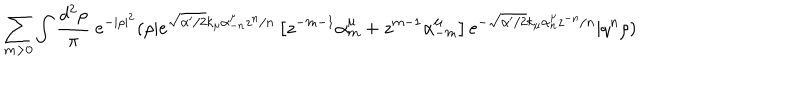
\sum _ { m > 0 } \int \frac { d ^ { 2 } \rho } { \pi } \ e ^ { - | \rho | ^ { 2 } } ( \rho | e ^ { \sqrt { \alpha ^ { \prime } / 2 } k _ { \mu } \alpha _ { - n } ^ { \mu } z ^ { n } / n } \left[ z ^ { - m - 1 } \alpha _ { m } ^ { \mu } + z ^ { m - 1 } \alpha _ { - m } ^ { \mu } \right] e ^ { - \sqrt { \alpha ^ { \prime } / 2 } k _ { \mu } \alpha _ { n } ^ { \mu } z ^ { - n } / n } | q ^ { n } \rho )